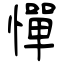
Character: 憚